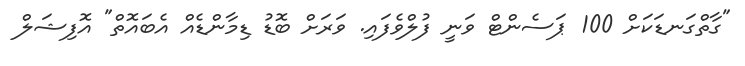
"ގާތްގަނޑަކަށް 100 ޕަސެންޓް ވަނީ ފުލްވެފައި. ވަރަށް ބޮޑު ޑިމާންޑެއް އެބައޮތް" އޮފިޝަލް